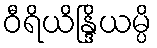
ဝီရိယိန္ဒြိယမ္ပိ